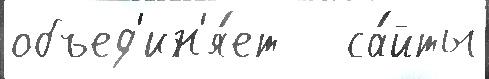
объед'ин'я́ет   са́йты